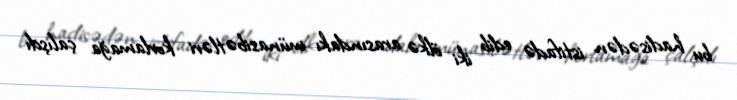
bu hadisədən istifadə edib iki ölkə arasındakı münasibətləri korlamağa çalışdı